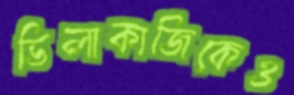
ভিলাকাজিকেও